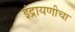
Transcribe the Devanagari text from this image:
इंद्रायणीचा